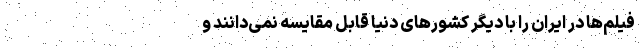
فیلم‌ها در ایران را با دیگر کشور‌های دنیا قابل مقایسه نمی‌دانند و